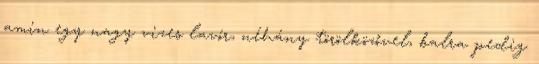
amin egy nagy vizes lavór, néhány törölközővel, balra pedig